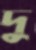
দু